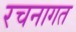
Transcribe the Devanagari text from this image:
रचनागत